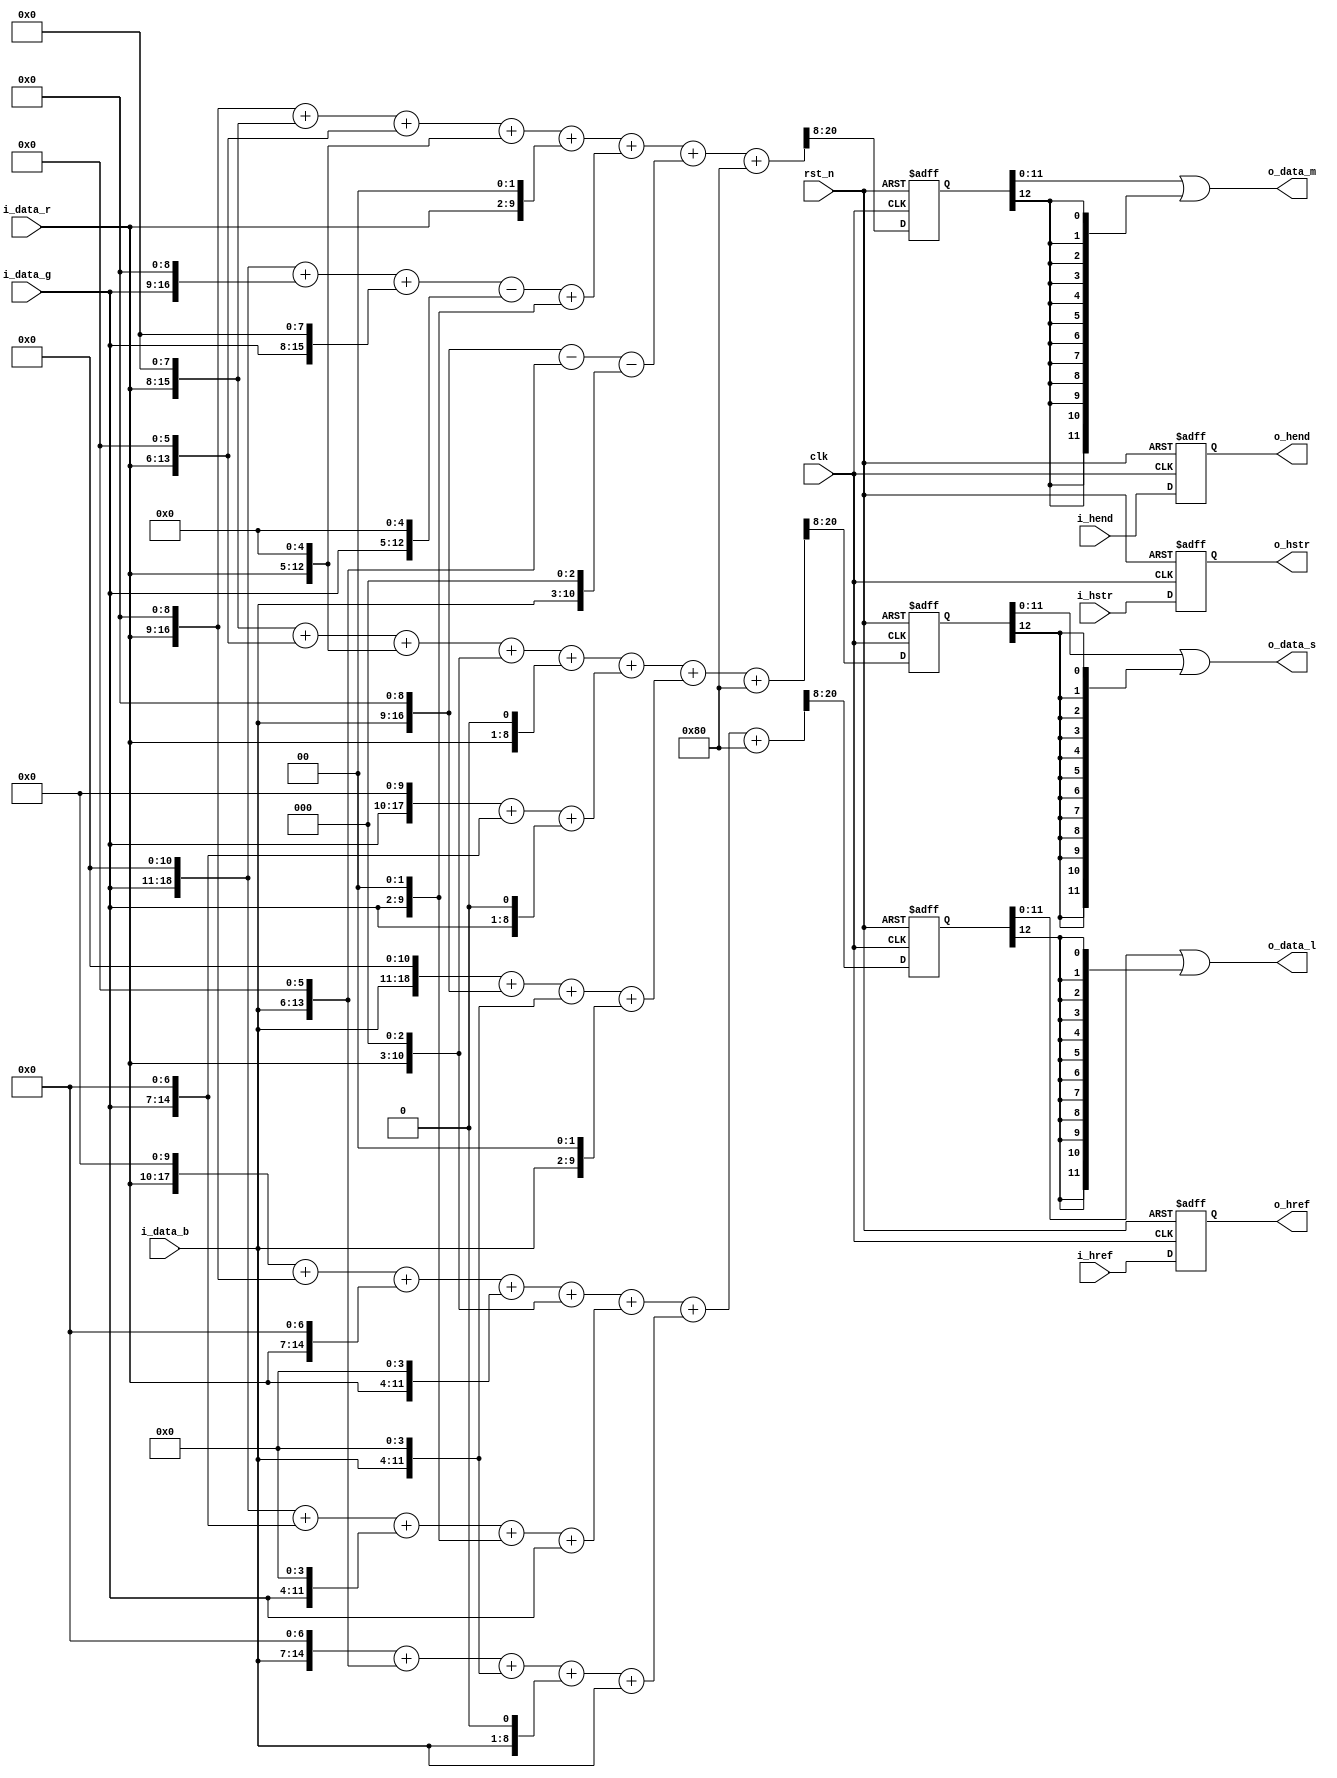
module ip_rgb2lms
    #(
         parameter   CIIW       = 8,             //Accuracy Input Integer Width  //Accuracy can be reduced , but not improved 
         parameter   CIPW       = 0,             //Accuracy Input Point Width    //Accuracy can be reduced , but not improved 
         parameter   COIW       = 8,             //Accuracy Output Integer Width //Accuracy can be reduced , but not improved 
         parameter   COPW       = 4,             //Accuracy Output Point Width   //Accuracy can be reduced , but not improved 
         parameter   CIW        = CIIW + CIPW,
         parameter   COW        = COIW + COPW
     )
(
//----------------------------------------------//
// Output declaration                           //
//----------------------------------------------//

output            [COW-1:0]   o_data_l,                      
output            [COW-1:0]   o_data_m,                     
output            [COW-1:0]   o_data_s,                    
output reg                    o_hstr,
output reg                    o_hend,
output reg                    o_href,

//----------------------------------------------//
// Input declaration                            //
//----------------------------------------------//

input             [CIW-1:0]   i_data_r,                      // input R
input             [CIW-1:0]   i_data_g,                      // input G
input             [CIW-1:0]   i_data_b,                      // input B
input                         i_hstr,
input                         i_hend,
input                         i_href,
input                         clk,
input                         rst_n
);

//----------------------------------------------//
// Local parameter                              //
//----------------------------------------------//
localparam [4:0]              SHIFT_BIT = (12 +CIPW -COPW);
localparam [COW:0]            MAX_NUM   = (2**COW);

//----------------------------------------------//
// Wire declaration                             //
//----------------------------------------------//
//-------------------------------------------------------------------------------------------- color space convert  
wire         [10 + CIW:0]     r_x1688;
wire         [11 + CIW:0]     g_x2197;
wire         [7  + CIW:0]     b_x211;
wire         [12 + CIW:0]     l_x4096;
wire         [12 + CIW-COW:0] l_x4096_rnd;
reg          [COW :0]         l_x4096_sft;
wire         [COW :0]         l_x4096_sft_nxt;
wire         [COW-1:0]        o_data_l;

wire         [9  + CIW:0]     r_x868;
wire         [11 + CIW:0]     g_x2788;
wire         [9  + CIW:0]     b_x440;
wire         [12 + CIW:0]     m_x4096;
wire         [12 + CIW-COW:0] m_x4096_rnd;
reg          [COW :0]         m_x4096_sft;
wire         [COW :0]         m_x4096_sft_nxt;
wire         [COW-1 :0]       o_data_m;

wire         [8  + CIW:0]     r_x362;
wire         [10 + CIW:0]     g_x1154;
wire         [11 + CIW:0]     b_x2580;
wire         [12 + CIW:0]     s_x4096;
wire         [12 + CIW-COW:0] s_x4096_rnd;
reg          [COW :0]         s_x4096_sft;
wire         [COW :0]         s_x4096_sft_nxt;
wire         [COW-1:0]        o_data_s;

//----------------------------------------------//
// Code Descriptions                            //
//----------------------------------------------//
//-------------------------------------------------------------------------------------------- color space convert  

// 12 bit precision 
// L = 0.412109375*R+ 0.536376953125*G + 0.051513671875*B
// L = (1688/4096)*R+ (2197/4096)*G + (211/4096)*B

assign  r_x1688           = (i_data_r <<10) + (i_data_r <<9) + (i_data_r <<7) + (i_data_r <<4) + (i_data_r <<3);
assign  g_x2197           = (i_data_g <<11) + (i_data_g <<7) + (i_data_g <<4) + (i_data_g <<2) + (i_data_g <<0);
assign  b_x211            = (i_data_b <<7)  + (i_data_b <<6) + (i_data_b <<4) + (i_data_b <<1) + (i_data_b <<0);

assign  l_x4096           = r_x1688 + g_x2197 + b_x211;
assign  l_x4096_rnd       = {1'b1,{(SHIFT_BIT -1){1'b0}}};
assign  l_x4096_sft_nxt   = (l_x4096) + (l_x4096_rnd)>>> SHIFT_BIT;
assign  o_data_l          = l_x4096_sft | {COW{l_x4096_sft[COW]}};


// M = 0.2119140625*R+ 0.6806640625*G + 0.107421875*B
// M = (868/4096)*R+ (2788/4096)*G + (440/4096)*B

assign  r_x868            = (i_data_r <<9)  + (i_data_r <<8) + (i_data_r <<6) + (i_data_r <<5) + (i_data_r <<2);
assign  g_x2788           = (i_data_g <<11) + (i_data_g <<9) + (i_data_g <<8) - (i_data_g <<5) + (i_data_g <<2);
assign  b_x440            = (i_data_b <<9)  - (i_data_b <<6) - (i_data_b <<3) ;

assign  m_x4096           = r_x868 + g_x2788 + b_x440;
assign  m_x4096_rnd       = {1'b1,{(SHIFT_BIT -1){1'b0}}};
assign  m_x4096_sft_nxt   = (m_x4096) + (m_x4096_rnd)>>> SHIFT_BIT;
assign  o_data_m          = m_x4096_sft | {COW{m_x4096_sft[COW]}};


// S = 0.08837890625*R+ 0.28173828125*G + 0.6298828125*B
// S = (362/4096)*R+ (1154/4096)*G + (2580/4096)*B

assign  r_x362            = (i_data_r <<8)  + (i_data_r <<6) + (i_data_r <<5) + (i_data_r <<3) + (i_data_r <<1);
assign  g_x1154           = (i_data_g <<10) + (i_data_g <<7) + (i_data_g <<1);
assign  b_x2580           = (i_data_b <<11) + (i_data_b <<9) + (i_data_b <<4) + (i_data_b <<2);

assign  s_x4096           = r_x362 + g_x1154 + b_x2580;
assign  s_x4096_rnd       = {1'b1,{(SHIFT_BIT -1){1'b0}}};
assign  s_x4096_sft_nxt   = (s_x4096) + (s_x4096_rnd)>>> SHIFT_BIT;
assign  o_data_s          = s_x4096_sft | {COW{s_x4096_sft[COW]}};


always@(posedge clk or negedge rst_n)begin
    if (!rst_n) begin
//-------------------------------------------------------------------------------------------- color space convert 
        l_x4096_sft      <= 0;
        m_x4096_sft      <= 0;
        s_x4096_sft      <= 0;

//-------------------------------------------------------------------------------------------- output
        o_hstr           <= 0;
        o_hend           <= 0;
        o_href           <= 0;
    end
    else begin
//-------------------------------------------------------------------------------------------- color space convert 
        l_x4096_sft      <= l_x4096_sft_nxt;
        m_x4096_sft      <= m_x4096_sft_nxt;
        s_x4096_sft      <= s_x4096_sft_nxt;

//-------------------------------------------------------------------------------------------- output
        o_hstr           <= i_hstr;
        o_hend           <= i_hend;
        o_href           <= i_href;
    end
end




endmodule